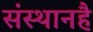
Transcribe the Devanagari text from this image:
संस्थानहै